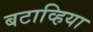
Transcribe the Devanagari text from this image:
बटाव्हिया